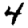
Digit: 4